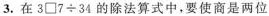
3.在$$3 \Box 7 \div 3 4$$的除法算式中，要使商是两位